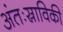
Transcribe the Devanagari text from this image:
अंतःस्राविकी